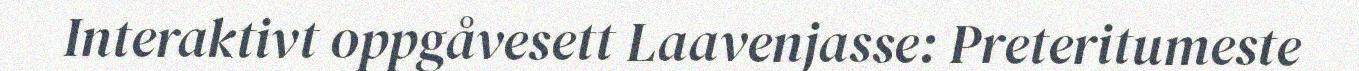
Interaktivt oppgåvesett Laavenjasse: Preteritumeste